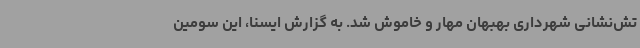
تش‌نشانی شهرداری بهبهان مهار و خاموش شد. به گزارش ایسنا، این سومین